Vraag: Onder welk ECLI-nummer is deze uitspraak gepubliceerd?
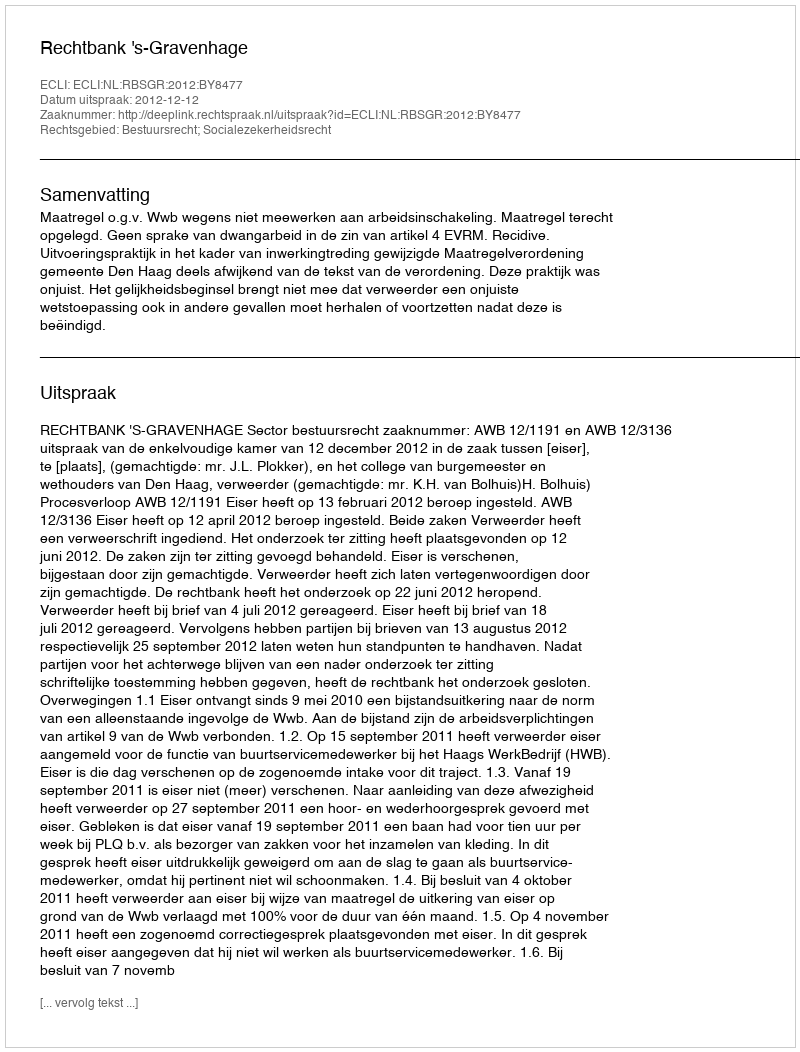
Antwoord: ECLI:NL:RBSGR:2012:BY8477